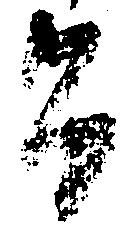
旨